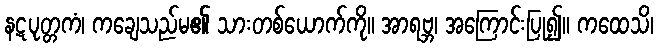
နဋပုတ္တကံ၊ ကချေသည်မ၏ သားတစ်ယောက်ကို။ အာရဗ္ဘ၊ အကြောင်းပြု၍။ ကထေသိ၊